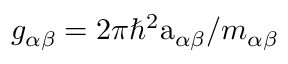
g _ { \alpha \beta } = 2 \pi \hbar ^ { 2 } \mathrm { a } _ { \alpha \beta } / m _ { \alpha \beta }